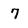
Character: 7